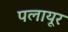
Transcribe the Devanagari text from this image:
पलायूर